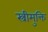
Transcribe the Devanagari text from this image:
स्त्रीमुक्ति